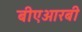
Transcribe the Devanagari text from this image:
बीएआरबी